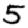
Digit: 5